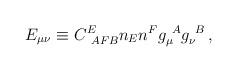
LaTeX: \begin{align*}E_{\mu\nu} \equiv C^E_{~A F B}n_E n^F g_\mu^{~A}g_\nu^{~B} \,,\end{align*}